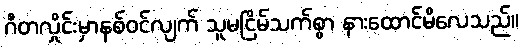
ဂီတလှိုင်းမှာနစ်ဝင်လျက် သူမငြိမ်သက်စွာ နားထောင်မိလေသည်။